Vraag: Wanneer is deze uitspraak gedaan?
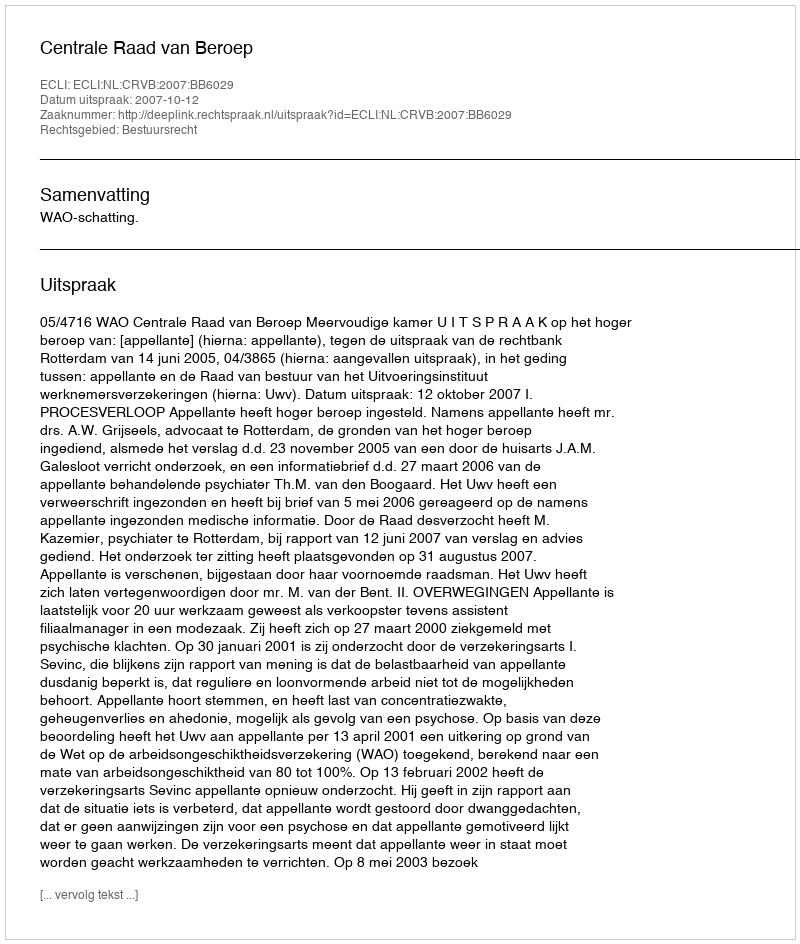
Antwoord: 2007-10-12